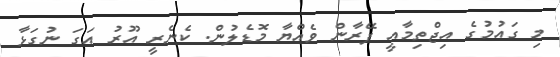
މި ގައުމުގެ އިޖްތިމާއީ ފޭރާން ވެއްޔާ މޮޑެލުން. ކެނެރީ އޫރު އަގަ ނުގަޅާ